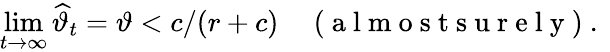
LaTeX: \operatorname*{lim}_{t\to\infty}\widehat{\vartheta}_{t}=\vartheta<c/(r+c)\quad\mathrm{~(~a~l~m~o~s~t~s~u~r~e~l~y~)~.~}